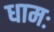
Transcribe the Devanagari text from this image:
धामः